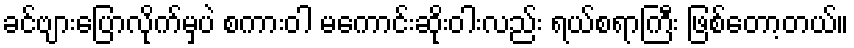
ခင်ဗျားပြောလိုက်မှပဲ စကားဝါ မကောင်းဆိုးဝါးလည်း ရယ်စရာကြီး ဖြစ်တော့တယ်။